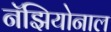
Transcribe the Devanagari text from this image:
नॅझियोनाल